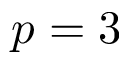
p = 3